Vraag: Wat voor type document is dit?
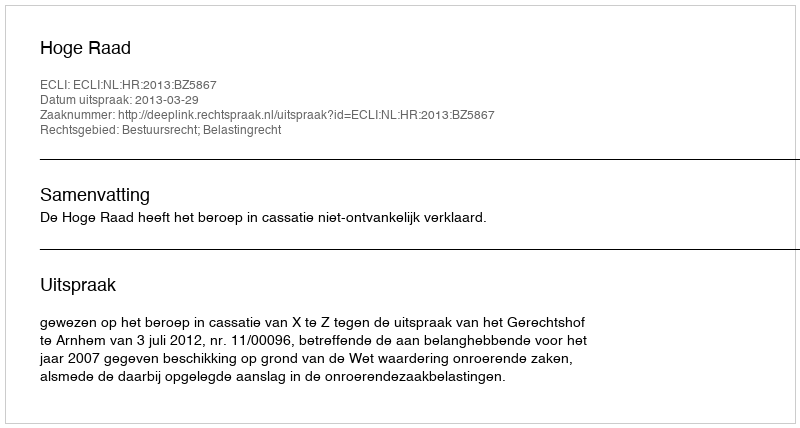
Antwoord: Uitspraak